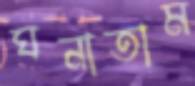
ঘনাতাম